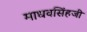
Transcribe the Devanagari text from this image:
माधवसिंहजी